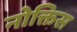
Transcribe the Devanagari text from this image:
नोक्तिस